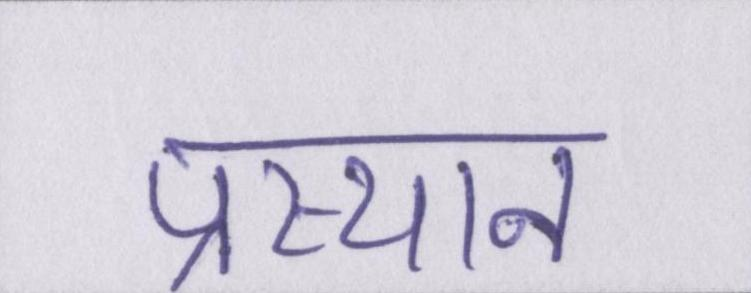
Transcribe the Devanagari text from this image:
प्रस्थान